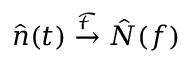
\hat { n } ( t ) \overset { \mathcal { F } } { \rightarrow } \hat { N } ( f )